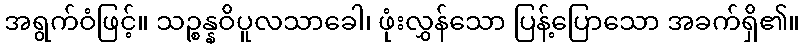
အရွက်ဝံဖြင့်။ သဉ္စန္နဝိပူလသာခေါ၊ ဖုံးလွှန်သော ပြန့်ပြောသော အခက်ရှိ၏။